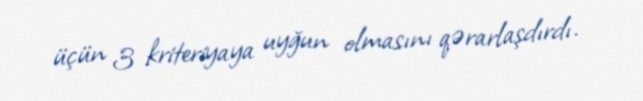
üçün 3 kriteriyaya uyğun olmasını qərarlaşdırdı.